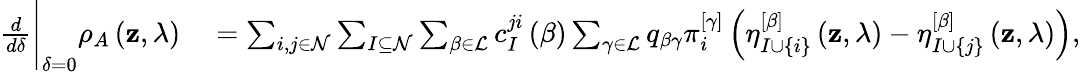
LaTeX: \begin{array}{rl}{\frac{d}{d\delta}\Bigg\vert_{\delta=0}\rho_{A}\left(\mathbf{z},\lambda\right)}&{{}=\sum_{i,j\in\mathcal{N}}\sum_{I\subseteq\mathcal{N}}\sum_{\beta\in\mathcal{L}}c_{I}^{ji}\left(\beta\right)\sum_{\gamma\in\mathcal{L}}q_{\beta\gamma}\pi_{i}^{\left[\gamma\right]}\left(\eta_{I\cup\left\{ i\right\} }^{\left[\beta\right]}\left(\mathbf{z},\lambda\right)-\eta_{I\cup\left\{ j\right\} }^{\left[\beta\right]}\left(\mathbf{z},\lambda\right)\right),}\end{array}